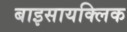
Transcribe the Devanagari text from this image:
बाइसायक्लिक